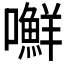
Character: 𰉉